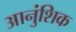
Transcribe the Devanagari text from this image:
आनुंशिक